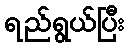
ရည်ရွယ်ပြီး